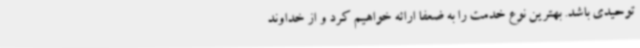
توحیدی باشد. بهترین نوع خدمت را به ضعفا ارائه خواهیم کرد و از خداوند